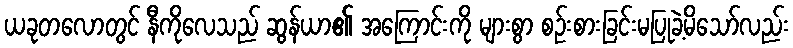
ယခုတလောတွင် နီကိုလေသည် ဆွန်ယာ၏ အကြောင်းကို များစွာ စဉ်းစားခြင်းမပြုခဲ့မိသော်လည်း